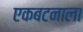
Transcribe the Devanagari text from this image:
एकबटनाला